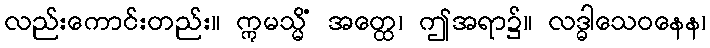
လည်းကောင်းတည်း။ ဣမသ္မိံ အတ္ထေ၊ ဤအရာ၌။ လဒ္ဓါသေဝနေန၊